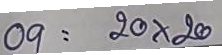
09 = 20 x 20